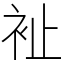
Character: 𧘲